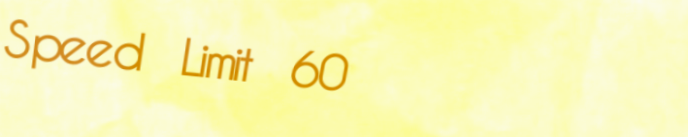
Speed Limit 60